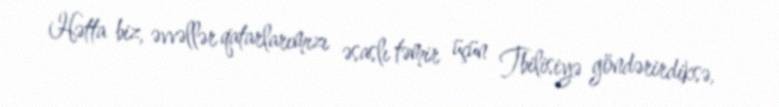
Hətta biz, əvvəllər qatarlarımızı əsaslı təmir üçün Tbilisiyə göndərirdiksə,